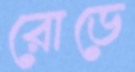
রোডে